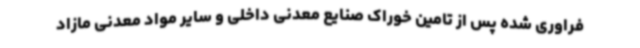
فراوری شده پس از تامین خوراک صنایع معدنی داخلی و سایر مواد معدنی مازاد